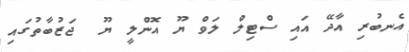
އެނބުރި އާދޭ އައި ސްޓިލް ލަވް ޔޫ އޮންލީ ޔޫ  ޖަޒުބާތުގައި